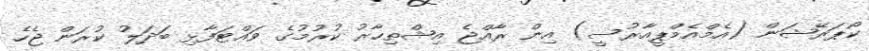
ކޯޕަރޭޝަން (އެމްއެމްޕީއާރުސީ) އިން ރާއްޖެ އިޝްތިހާރު ކުރުމުގެ ވައްޓަފާޅި ބަދަލު ކުރަން ޖެހެ